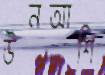
উনআশি